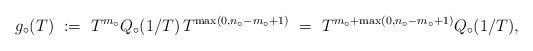
LaTeX: \begin{align*} g_{\circ}(T) \ := \ T^{m_\circ} Q_\circ(1/T) \, T^{\max(0,n_\circ-m_\circ+1)} \ = \ T^{m_\circ+\max(0,n_\circ-m_\circ+1)} Q_{\circ}(1/T),\end{align*}